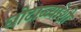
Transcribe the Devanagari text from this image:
घोटाळ्यांशी